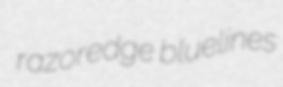
razoredge bluelines